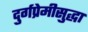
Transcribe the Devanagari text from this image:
दुर्गप्रेमीसुद्धा